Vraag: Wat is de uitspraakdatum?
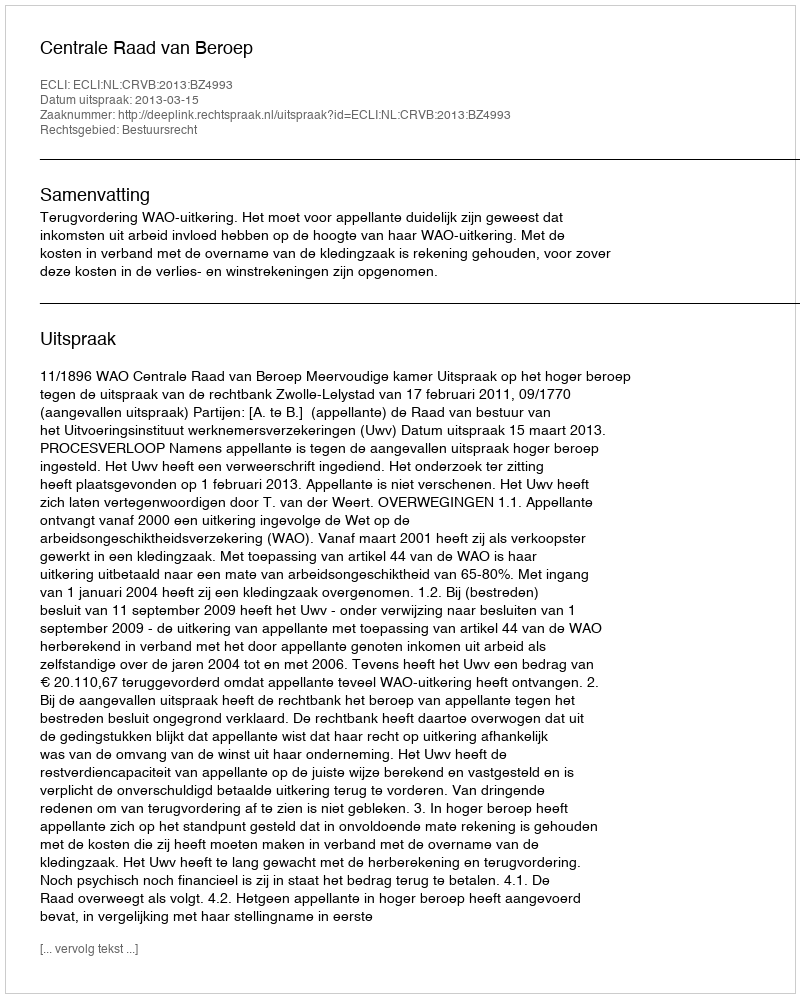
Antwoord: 2013-03-15